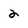
Character: 2